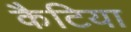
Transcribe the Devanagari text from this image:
कैटिया